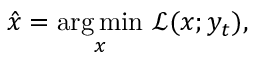
\hat { x } = \underset { x } { \arg \operatorname* { m i n } } \ \mathcal { L } ( x ; y _ { t } ) ,